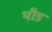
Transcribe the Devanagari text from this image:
थीड